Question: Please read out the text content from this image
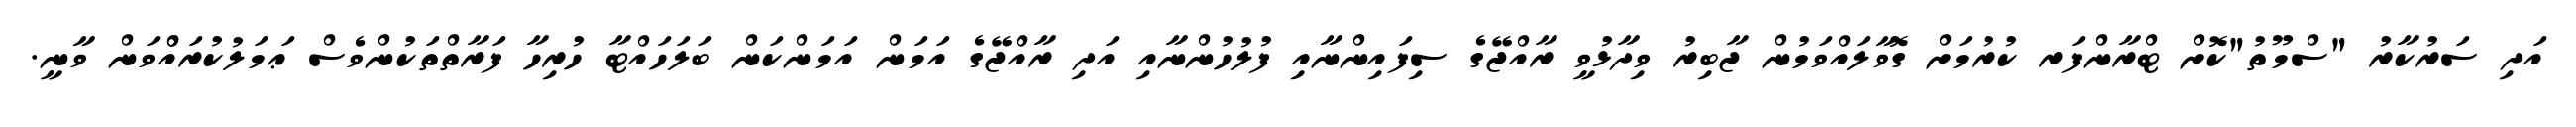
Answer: އަދި ސަރުކާރު "ސްމޫތު"ކޮށް ޓްރާންފަރ ކުރުމަށް ގޮވާލައްވަމުން ޖާބިރު ވިދާޅުވީ ރާއްޖޭގެ ސިފައިންނާއި ފުލުހުންނާއި އަދި ރާއްޖޭގެ އަމަން އަމަންކަން ބަލަހައްޓާ ހުރިހާ ފަރާތްތަކުންވެސް ޢަމަލުކުރައްްވަން ވާނީ.